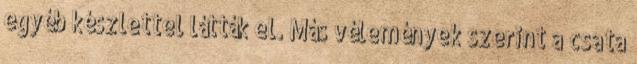
egyéb készlettel látták el. Más vélemények szerint a csata